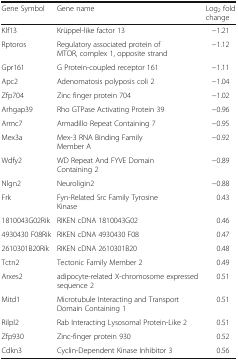
<table><thead><tr><td><b>Gene Symbol</b></td><td><b>Gene name</b></td><td><b>Log<sub>2</sub> fold change</b></td></tr></thead><tbody><tr><td>Klf13</td><td>Krüppel-like factor 13</td><td>−1.21</td></tr><tr><td>Rptoros</td><td>Regulatory associated protein of MTOR, complex 1, opposite strand</td><td>−1.12</td></tr><tr><td>Gpr161</td><td>G Protein-coupled receptor 161</td><td>−1.11</td></tr><tr><td>Apc2</td><td>Adenomatosis polyposis coli 2</td><td>−1.04</td></tr><tr><td>Zfp704</td><td>Zinc finger protein 704</td><td>−1.02</td></tr><tr><td>Arhgap39</td><td>Rho GTPase Activating Protein 39</td><td>−0.96</td></tr><tr><td>Armc7</td><td>Armadillo Repeat Containing 7</td><td>−0.95</td></tr><tr><td>Mex3a</td><td>Mex-3 RNA Binding Family Member A</td><td>−0.92</td></tr><tr><td>Wdfy2</td><td>WD Repeat And FYVE Domain Containing 2</td><td>−0.89</td></tr><tr><td>Nlgn2</td><td>Neuroligin2</td><td>−0.88</td></tr><tr><td>Frk</td><td>Fyn-Related Src Family Tyrosine Kinase</td><td>0.43</td></tr><tr><td>1810043G02Rik</td><td>RIKEN cDNA 1810043G02</td><td>0.46</td></tr><tr><td>4930430 F08Rik</td><td>RIKEN cDNA 4930430 F08</td><td>0.47</td></tr><tr><td>2610301B20Rik</td><td>RIKEN cDNA 2610301B20</td><td>0.48</td></tr><tr><td>Tctn2</td><td>Tectonic Family Member 2</td><td>0.49</td></tr><tr><td>Arxes2</td><td>adipocyte-related X-chromosome expressed sequence 2</td><td>0.51</td></tr><tr><td>Mitd1</td><td>Microtubule Interacting and Transport Domain Containing 1</td><td>0.51</td></tr><tr><td>Rilpl2</td><td>Rab Interacting Lysosomal Protein-Like 2</td><td>0.51</td></tr><tr><td>Zfp930</td><td>Zinc-finger protein 930</td><td>0.52</td></tr><tr><td>Cdkn3</td><td>Cyclin-Dependent Kinase Inhibitor 3</td><td>0.56</td></tr></tbody></table>